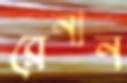
ব্রেনান